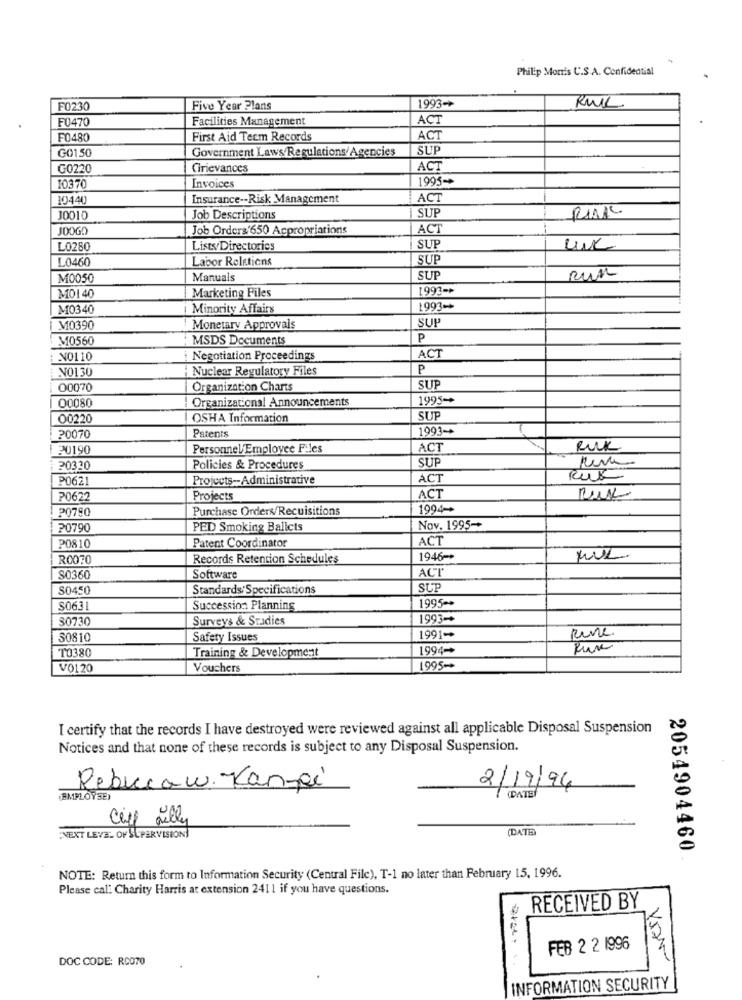
Philip Morris C.S.A. Confidential
1993+
F0230
Five Year Plans
F0470
Facilities Management
ACT
F0480
First Aid Tecm Records
ACT
G0150
Government Laws Regulations/Agencies
SU
G0220
Grievances
ACT
10370
1995-
Invoices
10440
Insurance -- Risk Management
ACT
SUP
J0010
Job Descriptions
JOOG!
Job Orders'650 Acpropriations
ACT
LO280
Listy Directories
SUP
L0460
Labor Relations
SUP
M0050
Manuals
SUI
Run
1993->
MOI 40
Marketing Files
M0340
Minority Affairs
1993-
SU
M0390
Monetary Approvals
M0560
MSDS Documents
P
ACT
N0110
Negotiation Proceedings
NO130
Nuclear Regulatory Files
P
00070
Organization Charts
SUP
00080
Organizational Announcements
1995-
00220
OSHA Information
SUP
Patents
1993-+
20070
20190
Personnel Employee Files
ACT
RUK
SUI
: 20320
Policies & Procedures
P0621
Projcets -- Administrative
ACT
Rus
P0622
Projects
ACT
Ruk
P0780
Purchase Orders/Recuisitions
1994-+
20790
PED Smoking Ballcts
Nov. 1995-
Patent Coordinator
ACT
P0810
R0070
Records Retention Schedules
1946-+
ACT
S0360
Software
S0450
Standards:Specifications
SUP
1995-
S0631
Succession Planning
30730
Surveys & Sradies
1993-
Rune.
30810
Safety Issues
1991-
TO380
1994-
Training & Development
V0120
Vouchers
1995-
I certify that the records I have destroyed were reviewed against all applicable Disposal Suspension
Notices and that none of these records is subject to any Disposal Suspension.
Rebeccaw. Kan-pi
2/19/94
(EMPLOYSE)
7 (DATE)
(DATE
"NEXT LEVEL OF SUPERVISION)
2054904460
NOTE: Return this form to Information Security (Central File), T-1 no later than February 15, 1996.
Please cal: Charity Harris at extension 2411 if you have questions.
RECEIVED BY
FEB 2 2 1996
DOC CODE: RC070
INFORMATION SECURITY